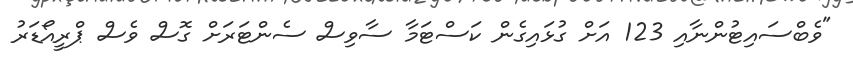
"ވެބްސައިޓުންނާއި 123 އަށް ގުޅައިގެން ކަސްޓަމާ ސާވިސް ސެންޓަރަށް ގޮސް ވެސް ޕްރީއޯޑަރު